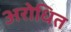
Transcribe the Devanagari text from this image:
अरोधित